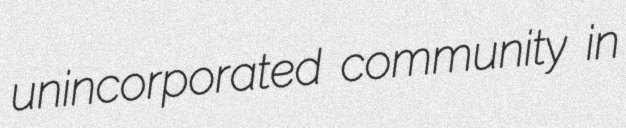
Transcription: unincorporated community in